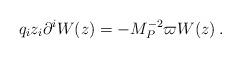
LaTeX: \begin{align*}q_i z_i \partial ^i W(z) =-M_P^{-2}\varpi W(z)\,.\end{align*}